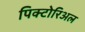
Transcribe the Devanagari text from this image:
पिक्टोरिअल